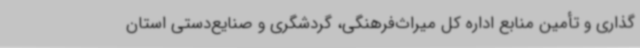
گذاری و تأمین منابع اداره کل میراث‌فرهنگی، گردشگری و صنایع‌دستی استان